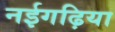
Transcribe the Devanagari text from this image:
नईगढ़िया